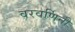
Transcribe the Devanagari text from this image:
वरवर्णिनी